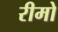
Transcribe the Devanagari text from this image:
रीमो